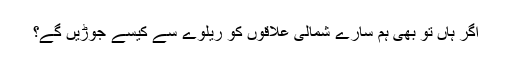
اگر ہاں تو بھی ہم سارے شمالی علاقوں کو ریلوے سے کیسے جوڑیں گے؟